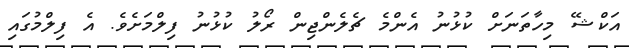
އަކްޝޭ މިހާތަނަށް ކުޅުނު އެންމެ ޗެލެންޖިން ރޯލު ކުޅުނު ފިލްމަށެވެ. އެ ފިލްމުގައި